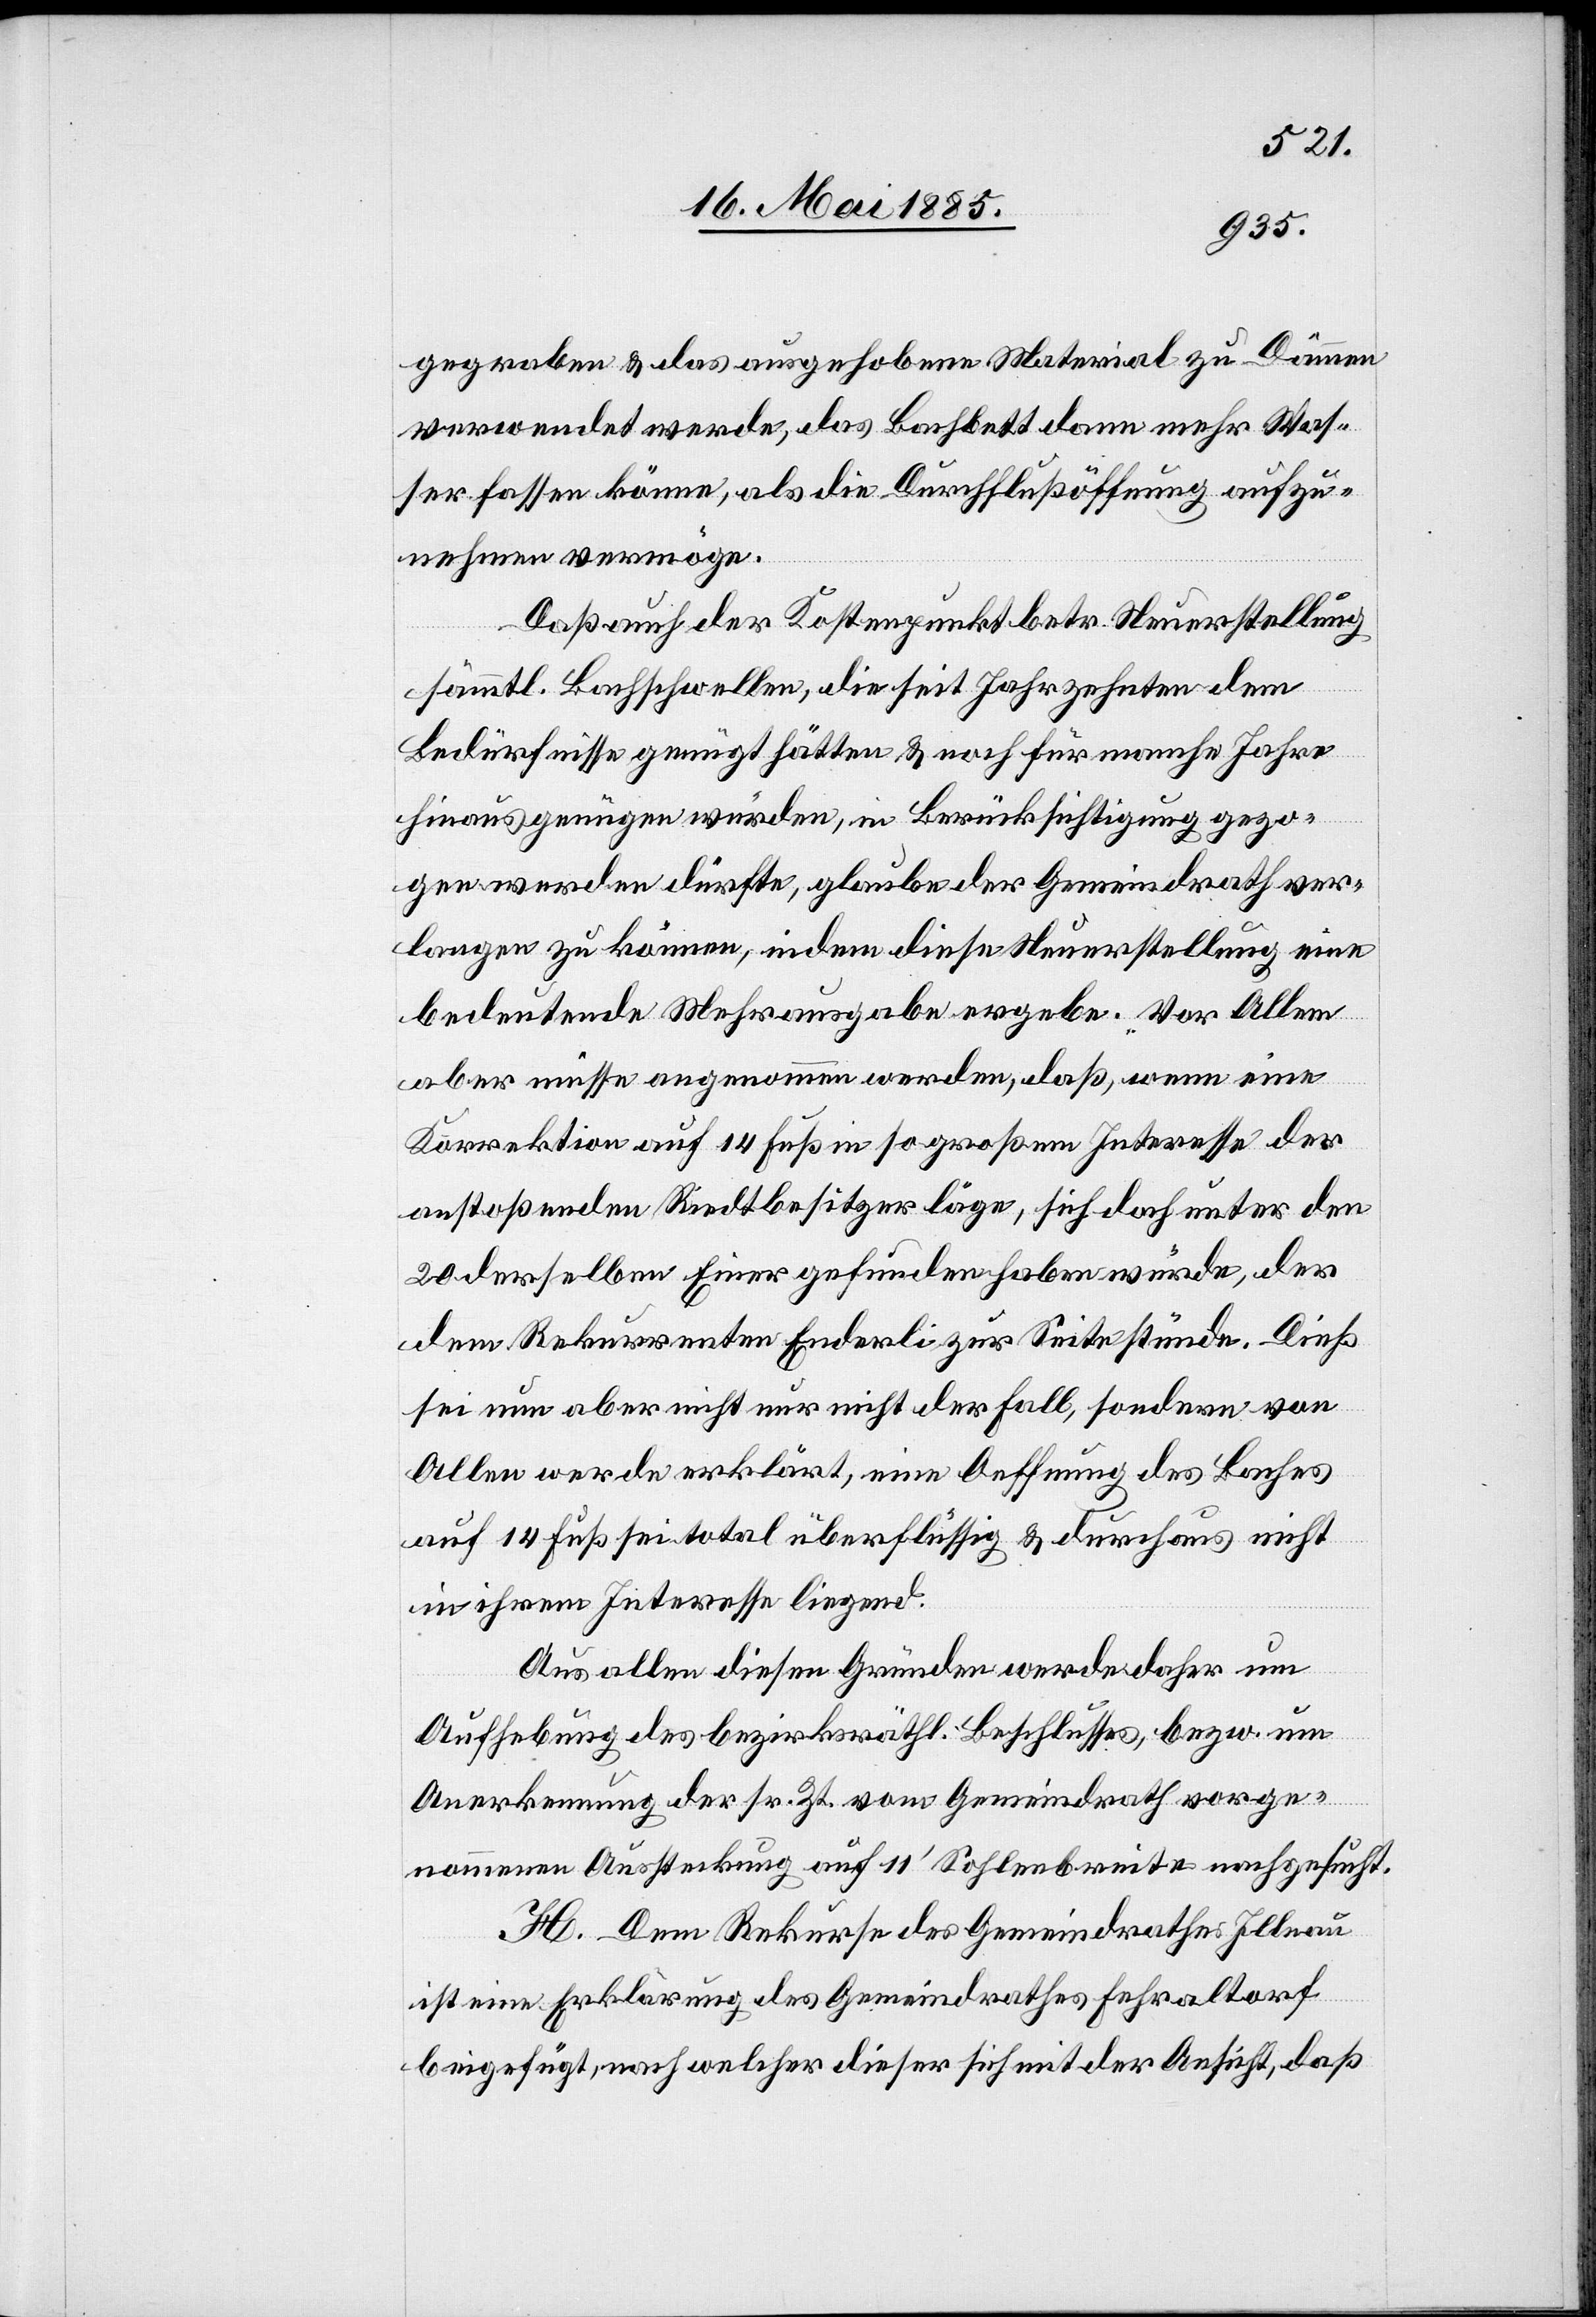
gegraben & das ausgehobene Material zu Dämmen
verwendet werde, das Bachbett dann mehr Was¬
ser fassen könne, als die Durchflußöffnung aufzu¬
nehmen vermöge.
Daß auch der Kostenpunkt betr. Steuerstellung
sämmtl. Bachschwellen, die seit Jahrzehnten dem
Bedürfnisse genügt hätten & noch für manche Jahre
hinaus genügen würden, in Berücksichtigung gezo¬
gen werden dürfte, glaube der Gemeindrath ver¬
langen zu können, indem diese Steuerstellung eine
bedeutende Mehrausgabe ergebe. Vor Allem
aber müsse angenommen werden, daß, wenn eine
Korrektion auf 14 Fuß in so großem Interesse der
anstoßenden Riedtbesitzer läge, sich doch unter den
20 derselben Einer gefunden haben würde, der
dem Rekurrenten Enderli zur Seite stünde. Dieß
sei nun aber nicht nur nicht der Fall, sondern von
Allen werde erklärt, eine Oeffnung des Baches
auf 14 Fuß sei total überflüssig & durchaus nicht
in ihrem Interesse liegend.
Aus allen diesen Gründen werde daher um
Aufhebung des bezirksräthl. Beschlusses, bezw. um
Anerkennung der sr. Zt. vom Gemeindrath vorge¬
nommenen Aussteckung auf 11’ Sohlenbreite nachgesucht.
H. Dem Rekurse des Gemeindrathes Illnau
ist eine Erklärung des Gemeindrathes Fehraltorf
beigefügt, nach welcher dieser sich mit der Ansicht, daß